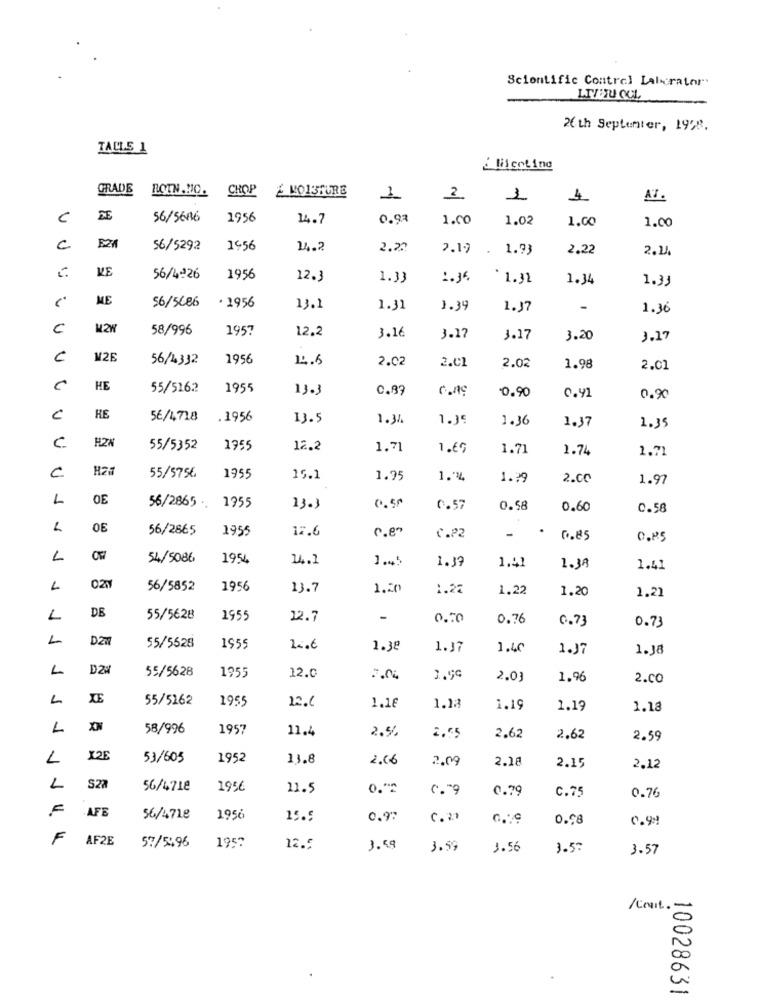
Scientific Control Lalycrator.
LIVET OCL
26th Septenter, 1998.
TALLE 1
GRADE
CHOP
2 MOISTURE
2
1
4
AT.
C
DE
56/5686
1956
14.7
0.97
1.00
1.02
1.00
1.00
c
E24
56/5292
1956
14.2
2.20
2.19
1.93
2.22
2.24
KE
56/4226
1956
12.3
1.33
: . 36
.
1.32
1.34
1.33
ME
56/5686
· 1956
13.1
1.31
1.39
1.37
-
1.36
C
58/996
1957
12.2
3.16
3.17
3.17
3.20
3.17
M2E
56/4332
1956
14.5
2.02
2.C1
2.02
1.98
2.01
HE
55/5162
1955
13.3
C.99
0.90
0.41
0.90
C
HE
5€/4,718
.1956
13.5
1.31.
1.35
1.36
1.37
1.35
H2N
C
55/5352
1955
12.2
1.71
1.65
1.71
1.74
1.71
C
55/5756
1955
15.1
1.95
1 .* %
1.99
2.00
1.97
L
OE
1955
56/2865 ..
13.3
0.50
0.57
0.58
0.60
0.58
OE
56/2865
1955
15.6
.
c.e
C.P2
-
0.85
C.P5
L
54/5086
1954
14.1
1.45
1.17
1.41
1.JA
1.41
56/5852
1956
13.7
1.20
1.22
1.22
1.20
1.21
DE
L
55/5628
1955
12.7
-
0.70
0.76
0.73
0.73
55/5528
1955
1.38
1.37
1.40
1.37
1.38
L
D.24
55/5628
1955
12.0
7.04
2.03
1.96
2.CO
L
XE
55/5262
1955
1.16
1.18
1.19
1.19
1.18
L
XN
58/996
1957
11.4
2.5%
2,55
2.62
2.62
2.59
L
X25
53/605
1952
13.8
2.06
2.09
2.18
2.15
2.12
L
S27
56/4718
1956
11.5
0."2
c.9
0.79
0.76
C.75
AFE
56/4718
1956
15.5
0.97
C. 2.
0.98
0.99
F
AF2E
57/5496
1957
12.0
3.59
3.59
3.56
3.5"
3.57
10028631